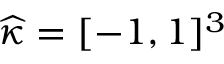
\widehat { \kappa } = [ - 1 , 1 ] ^ { 3 }